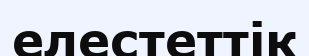
елестеттік